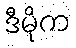
ဒီမိုက